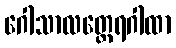
ဂေါသာလတ္ထေရဂါထာ